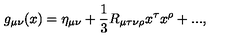
g _ { \mu \nu } ( x ) = \eta _ { \mu \nu } + \frac 1 3 R _ { \mu \tau \nu \rho } x ^ { \tau } x ^ { \rho } + . . . ,